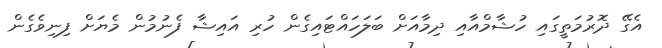
އެގޭ ދޮރުމަތީގައި ހުޝާމްއާއި ދިމާއަށް ބަލަހައްޓައިގެން ހުރި އައިޝާ ފެނުމުން މެެޔަށް ފިނިވެގެން